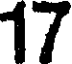
17